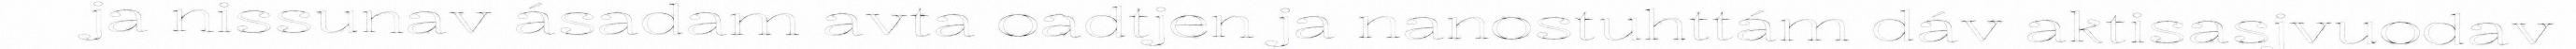
ja nissunav ásadam avta oadtjen ja nanostuhttám dáv aktisasjvuodav